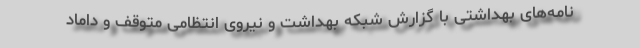
نامه‌های بهداشتی با گزارش شبکه بهداشت و نیروی انتظامی متوقف و داماد